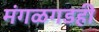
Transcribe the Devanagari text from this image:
मंगळगडही